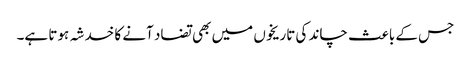
جس کے باعث چاند کی تاریخوں میں بھی تضاد آنے کا خدشہ ہوتا ہے۔